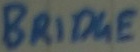
Text: BRIDGE